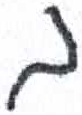
אות: ב